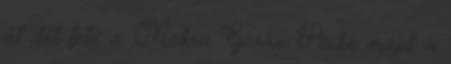
át dél felé a Mokra Gorán Pecbe majd a